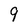
Character: 9